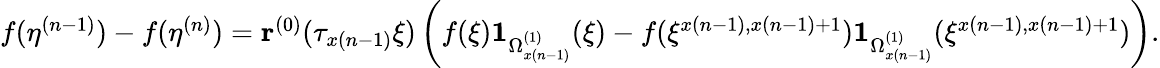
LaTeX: \begin{array}{r}{f(\eta^{(n-1)})-f(\eta^{(n)})=\mathbf{r}^{(0)}(\tau_{x(n-1)}\xi)\left(f(\xi)\mathbf{1}_{\Omega_{x(n-1)}^{(1)}}(\xi)-f(\xi^{x(n-1),x(n-1)+1})\mathbf{1}_{\Omega_{x(n-1)}^{(1)}}(\xi^{x(n-1),x(n-1)+1})\right).}\end{array}